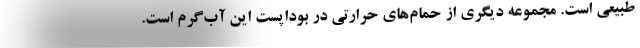
طبیعی است. مجموعه دیگری از حمام‌های حرارتی در بوداپست این آب‌گرم است.